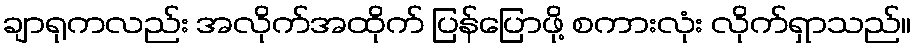
ချာရုကလည်း အလိုက်အထိုက် ပြန်ပြောဖို့ စကားလုံး လိုက်ရှာသည်။